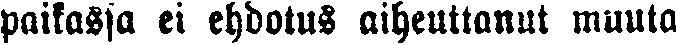
paikassa ei ehdotus aiheuttanut muuta